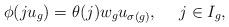
LaTeX: \begin{align*}\phi(ju_g)=\theta(j)w_gu_{\sigma(g)},\ \ \ \ j\in I_g,\end{align*}